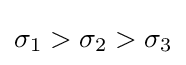
\sigma _{1}>\sigma _{2}>\sigma _{3}